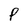
Character: P